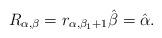
LaTeX: \begin{align*} R_{\alpha, \beta} = r_{\alpha, \beta_1+1} \hat{\beta}=\hat{\alpha}. \end{align*}